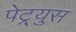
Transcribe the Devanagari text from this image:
पेट्र्युस